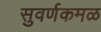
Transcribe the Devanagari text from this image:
सुवर्णकमळ